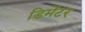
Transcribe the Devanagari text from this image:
डिमेंटर